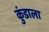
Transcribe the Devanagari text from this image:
कुंडाला